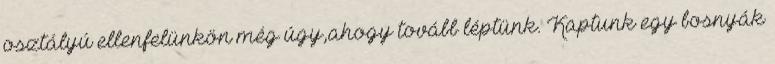
osztályú ellenfelünkön még úgy,ahogy tovább léptünk. Kaptunk egy bosnyák